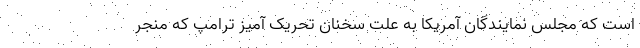
است که مجلس نمایندگان آمریکا به علت سخنان تحریک آمیز ترامپ که منجر